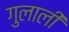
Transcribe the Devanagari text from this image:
गुलाली